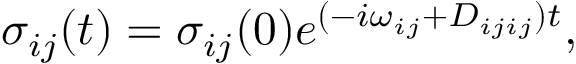
\sigma _ { i j } ( t ) = \sigma _ { i j } ( 0 ) e ^ { ( - i \omega _ { i j } + D _ { i j i j } ) t } ,